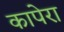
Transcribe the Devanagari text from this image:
कापेरा